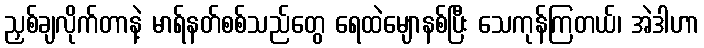
ညှစ်ချလိုက်တာနဲ့ မာရ်နတ်စစ်သည်တွေ ရေထဲမျောနစ်ပြီး သေကုန်ကြတယ်၊ အဲဒါဟာ